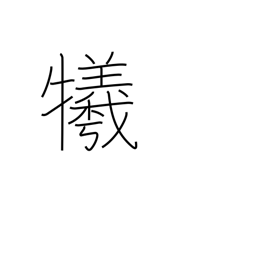
Meaning: sacrifice